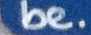
be.